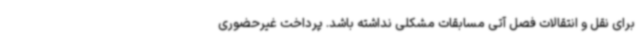
برای نقل و انتقالات فصل آتی مسابقات مشکلی نداشته باشد. پرداخت غیرحضوری